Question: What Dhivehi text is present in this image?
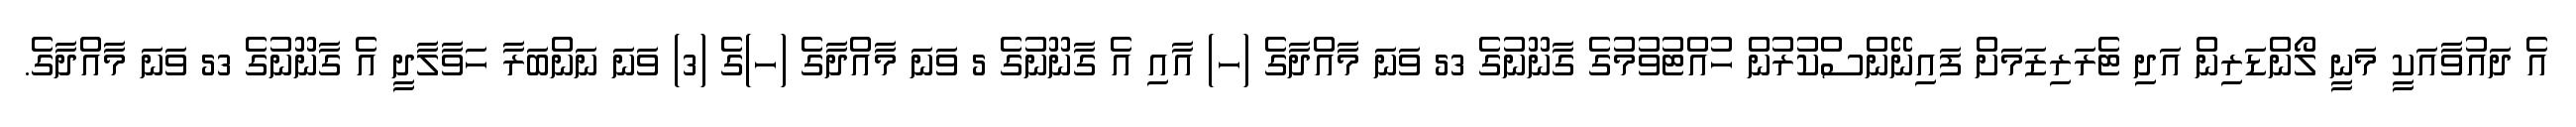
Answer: އެ ދައުވާއަކީ މަނީ ލޯންޑަރިން އަދި ޓެރަރިޒަމަށް ފައިނޭންސްކުރުން ހުއްޓުވުމުގެ ގާނޫނުގެ 53 ވަނަ މާއްދާގެ (ހ) އާއި އެ ގާނޫނުގެ 5 ވަނަ މާއްދާގެ (ހ)ގެ (3) ވަނަ ނަންބަރާ ހަވާލާދީ އެ ގާނޫނުގެ 53 ވަނަ މާއްދާގެ.